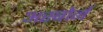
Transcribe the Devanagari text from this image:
अस्बोर्न